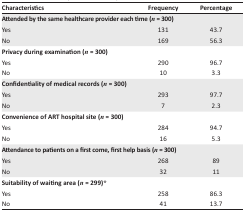
<table><thead><tr><td><b>Characteristics</b></td><td><b>Frequency</b></td><td><b>Percentage</b></td></tr></thead><tbody><tr><td colspan="2">Attended by the same healthcare provider each time (n = 300)</td></tr><tr><td>Yes</td><td>131</td><td>43.7</td></tr><tr><td>No</td><td>169</td><td>56.3</td></tr><tr><td colspan="2">Privacy during examination (n = 300)</td></tr><tr><td>Yes</td><td>290</td><td>96.7</td></tr><tr><td>No</td><td>10</td><td>3.3</td></tr><tr><td colspan="2">Confidentiality of medical records (n = 300)</td></tr><tr><td>Yes</td><td>293</td><td>97.7</td></tr><tr><td>No</td><td>7</td><td>2.3</td></tr><tr><td colspan="2">Convenience of ART hospital site (n = 300)</td></tr><tr><td>Yes</td><td>284</td><td>94.7</td></tr><tr><td>No</td><td>16</td><td>5.3</td></tr><tr><td colspan="2">Attendance to patients on a first come, first help basis (n = 300)</td></tr><tr><td>Yes</td><td>268</td><td>89</td></tr><tr><td>No</td><td>32</td><td>11</td></tr><tr><td colspan="2">Suitability of waiting area (n = 299)*</td></tr><tr><td>Yes</td><td>258</td><td>86.3</td></tr><tr><td>No</td><td>41</td><td>13.7</td></tr></tbody></table>